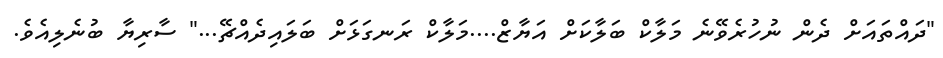
"ދައްތައަށް ދެން ނުހުރެވޭނެ މަލާކް ބަލާކަށް އަޔާޒް....މަލާކް ރަނގަޅަށް ބަލައިދެއްޗޭ..." ސާރިޔާ ބުނެލިއެވެ.